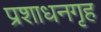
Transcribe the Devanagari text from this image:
प्रशाधनगृह